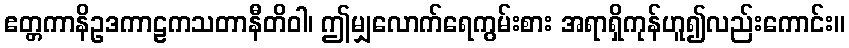
ဧတ္တကာနိဥဒကာဠကသတာနီတိဝါ၊ ဤမျှလောက်ရေကွမ်းစား အရာရှိကုန်ဟူ၍လည်းကောင်း။